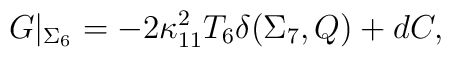
G\vert_{\Sigma_6}=-2\kappa_{11}^2T_6\delta (\Sigma_7,Q)+dC,